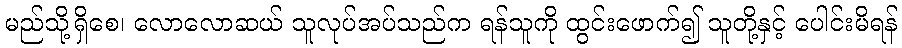
မည်သို့ရှိစေ၊ လောလောဆယ် သူလုပ်အပ်သည်က ရန်သူကို ထွင်းဖောက်၍ သူတို့နှင့် ပေါင်းမိရန်